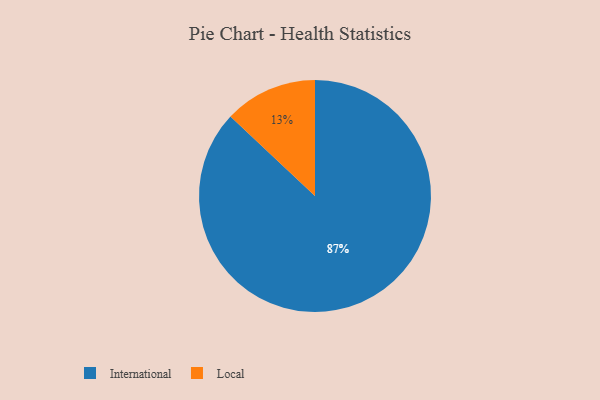
{"axis": {"x": "Category", "y": "Percentage"}, "legend": ["International", "Local"], "data": [{"x": "International", "y": 87, "type": "International"}, {"x": "Local", "y": 13, "type": "Local"}]}